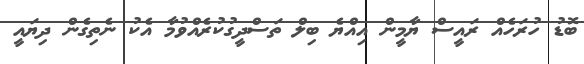
ބޮޑު ހުރަހެއް ރައީސް ޔާމީން އިއްޔެ ބިލް ތަސްދީގުކުރެއްވުމާ އެކު ނެތިގެން ދިޔައީ